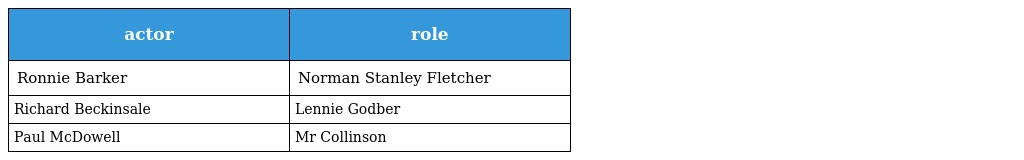
| actor | role |
 | --- | --- |
 | Ronnie Barker | Norman Stanley Fletcher |
 | Richard Beckinsale | Lennie Godber |
 | Paul McDowell | Mr Collinson |